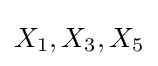
X_{1},X_{3},X_{5}